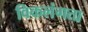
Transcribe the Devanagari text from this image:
विकलंगता